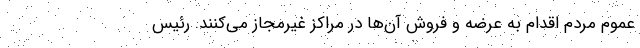
عموم مردم اقدام به عرضه و فروش آن‌ها در مراکز غیرمجاز می‌کنند. رئیس